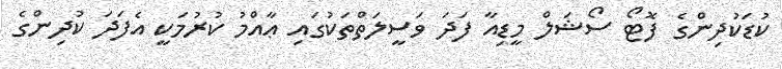
ކުޑަކުދިންގެ ފޮޓޯ ސޯޝަލް މީޑިއާ ފަދަ ވަސީލަތްތަކުގައި ޢާއްމު ކުރުމަކީ އެފަދަ ކުދިންގެ